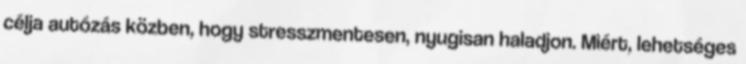
célja autózás közben, hogy stresszmentesen, nyugisan haladjon. Miért, lehetséges